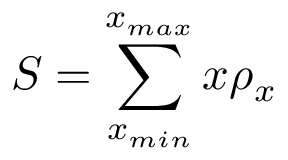
S = \sum _ { x _ { m i n } } ^ { x _ { m a x } } x \rho _ { x }